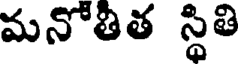
మనోతిత స్థితి